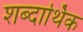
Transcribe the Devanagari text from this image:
शब्दार्थिक